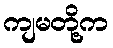
ကျမတို့က